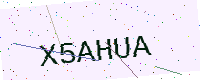
Text: X5AHUA